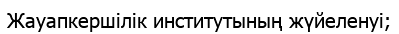
Жауапкершілік институтының жүйеленуі;